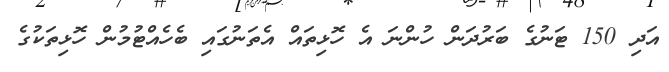
އަދި 150 ޓަނުގެ ބަރުދަން ހުންނަ އެ ހޮޅިތައް އެތަނުގައި ބެހެއްޓުމުން ހޮޅިތަކުގެ